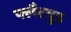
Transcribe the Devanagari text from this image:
फ्लैटवुड